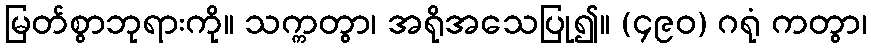
မြတ်စွာဘုရားကို။ သက္ကတွာ၊ အရိုအသေပြု၍။ (၄၉၀) ဂရုံ ကတွာ၊